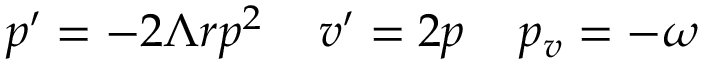
p ^ { \prime } = - 2 \Lambda r p ^ { 2 } \, \, \, \, \, \, \, v ^ { \prime } = 2 p \, \, \, \, \, \, \, p _ { v } = - \omega